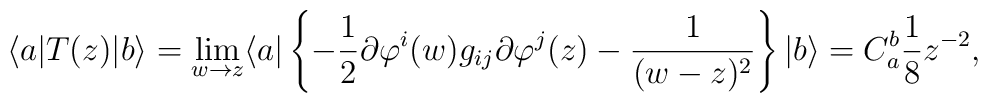
\langle a| T(z) |b\rangle =	\lim_{w\rightarrow z} \langle a| \left\{ -{1\over2}	\partial\varphi^i(w) g_{ij} \partial\varphi^j(z) -	{1\over(w-z)^2} \right\} |b\rangle =	C_a^b{1\over8}z^{-2},